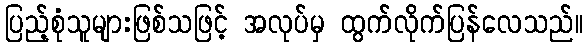
ပြည့်စုံသူများဖြစ်သဖြင့် အလုပ်မှ ထွက်လိုက်ပြန်လေသည်။